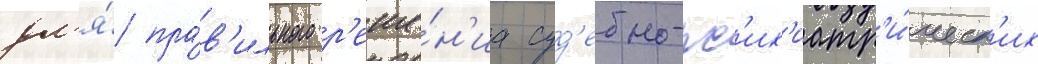
дл'я́ пра́в'ильного р'еше́н'иа суд'ебно-пс'их'иатр'и́ческ'их